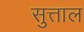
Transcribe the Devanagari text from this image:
सुत्ताल